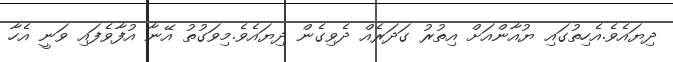
ދިޔައެވެ.އެހިތުގައި ޔުއާންއަށް އިތުރު ގަދަރެއް ދެވިގެން ދިޔައެވެ.މިވަގުތު އޭނާ އުފާވެފައި ވަނީ އެހާ